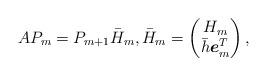
LaTeX: \begin{align*}AP_m = P_{m+1} \bar{H}_m, \bar{H}_m = \begin{pmatrix}H_m\\\bar{h}\boldsymbol{e}^{T}_m\end{pmatrix},\end{align*}